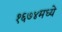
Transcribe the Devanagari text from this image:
१६७४मध्ये